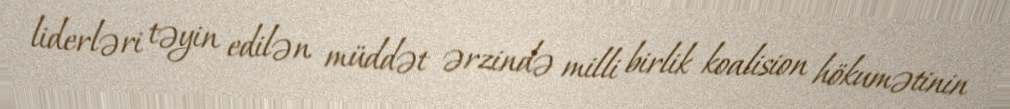
liderləri təyin edilən müddət ərzində milli birlik koalision hökumətinin